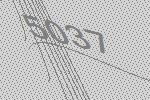
5037